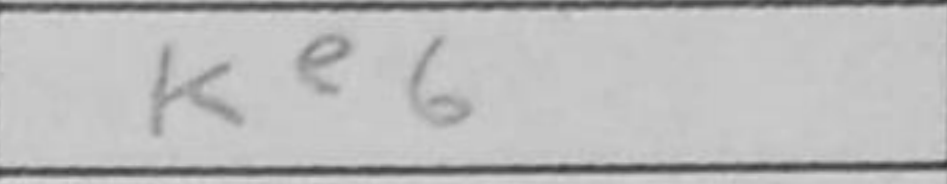
Transcription: Ke6